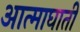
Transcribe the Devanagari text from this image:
आत्माघाती